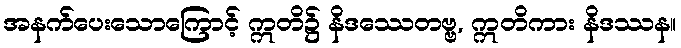
အနက်ပေးသောကြောင့် ဣတိ၌ နိဒဿေတဗ္ဗ, ဣတိကား နိဒဿန။